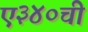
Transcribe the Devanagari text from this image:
ए३४०ची